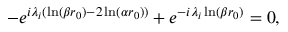
- e ^ { i \lambda _ { i } ( \ln ( \beta r _ { 0 } ) - 2 \ln ( \alpha r _ { 0 } ) ) } + e ^ { - i \lambda _ { i } \ln ( \beta r _ { 0 } ) } = 0 ,